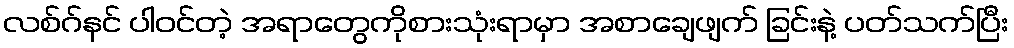
လစ်ဂ်နင် ပါဝင်တဲ့ အရာတွေကိုစားသုံးရာမှာ အစာချေဖျက် ခြင်းနဲ့ ပတ်သက်ပြီး